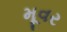
મૂવર